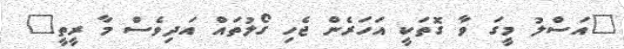
"އަސްލު މީގަ ވާ ގޮތަކީ އަހަރެން ޖެހި ގޯލުތައް އަދިވެސް މާ ރީތީ"